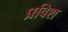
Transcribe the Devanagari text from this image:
प्रविश